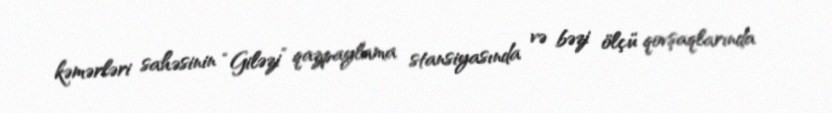
kəmərləri sahəsinin “Giləzi” qazpaylama stansiyasında və bəzi ölçü qovşaqlarında